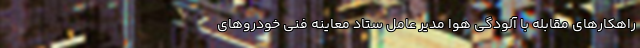
راهکارهای مقابله با آلودگی هوا مدیر عامل ستاد معاینه فنی خودروهای